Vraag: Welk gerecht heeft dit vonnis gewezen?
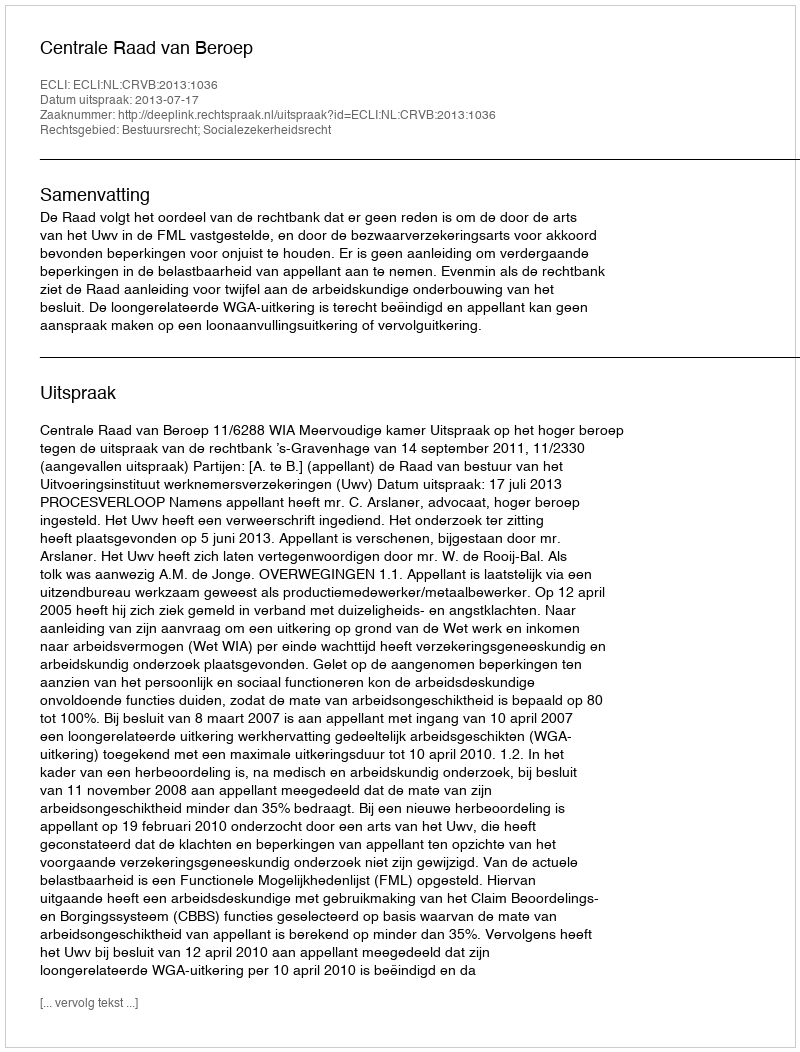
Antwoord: Centrale Raad van Beroep